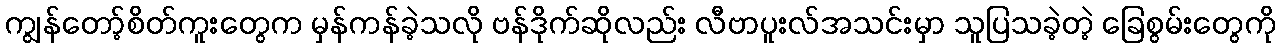
ကျွန်တော့်စိတ်ကူးတွေက မှန်ကန်ခဲ့သလို ဗန်ဒိုက်ဆိုလည်း လီဗာပူးလ်အသင်းမှာ သူပြသခဲ့တဲ့ ခြေစွမ်းတွေကို